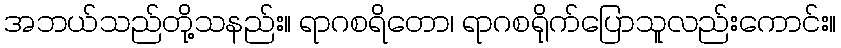
အဘယ်သည်တို့သနည်း။ ရာဂစရိတော၊ ရာဂစရိုက်ပြောသူလည်းကောင်း။